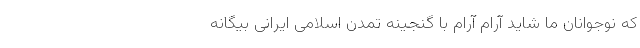
که نوجوانان ما شاید آرام آرام با گنجینه تمدن اسلامی ایرانی بیگانه